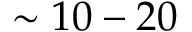
\sim 1 0 - 2 0 \